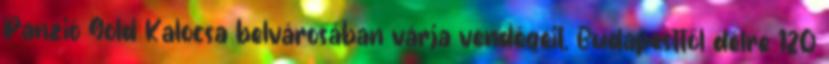
Panzió Gold Kalocsa belvárosában várja vendégeit, Budapesttől délre 120